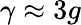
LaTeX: \gamma\approx 3g